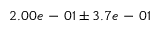
2 . 0 0 e \mathrm { ~ - ~ } 0 1 \pm 3 . 7 e \mathrm { ~ - ~ } 0 1